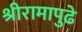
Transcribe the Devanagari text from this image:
श्रीरामापुढे